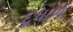
દૂધાળ